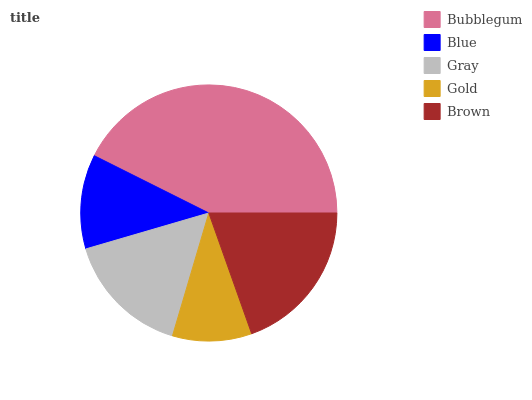
| Bubblegum | Blue | Gray | Gold | Brown |
 | --- | --- | --- | --- | --- |
 | 42.6% | 11.9% | 15.9% | 9.99% | 19.6% |